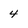
Character: 4